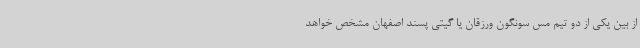
از بین یکی از دو تیم مس سونگون ورزقان یا گیتی پسند اصفهان مشخص خواهد